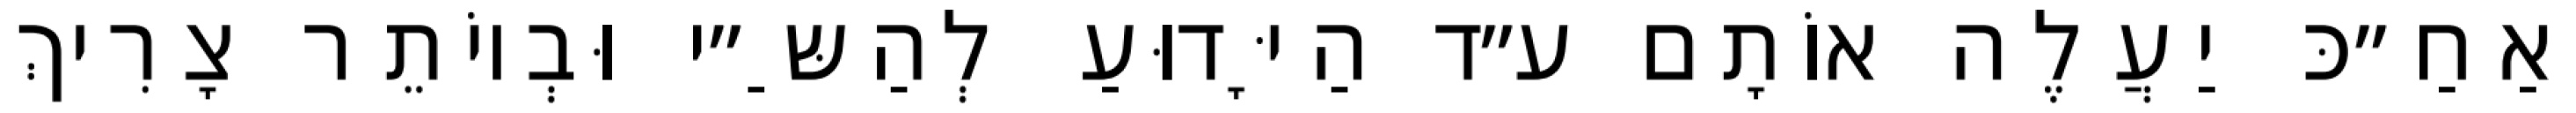
וְאַחַ״כּ יַעֲלֶה אוֹתָם ע״ד הַיָּדוּעַ לְהַשַּ״י וּבְיוֹתֵר צָרִיךְ